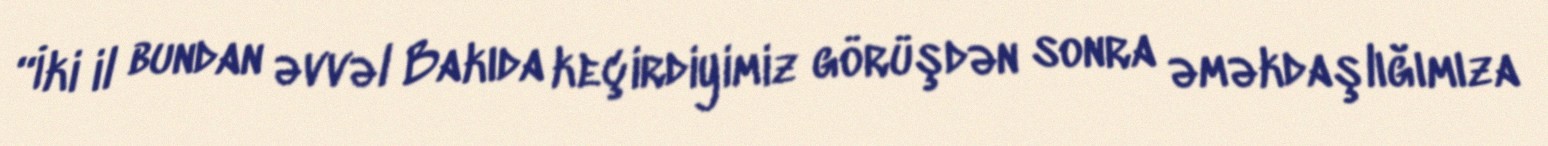
“İki il bundan əvvəl Bakıda keçirdiyimiz görüşdən sonra əməkdaşlığımıza